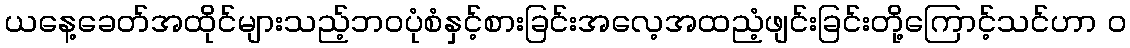
ယနေ့ခေတ်အထိုင်များသည့်ဘဝပုံစံနှင့်စားခြင်းအလေ့အထညံ့ဖျင်းခြင်းတို့ကြောင့်သင်ဟာ ၀